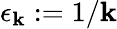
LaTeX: \epsilon_{\mathbf{k}}:={1}/{\mathbf{k}}